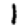
Digit: 1